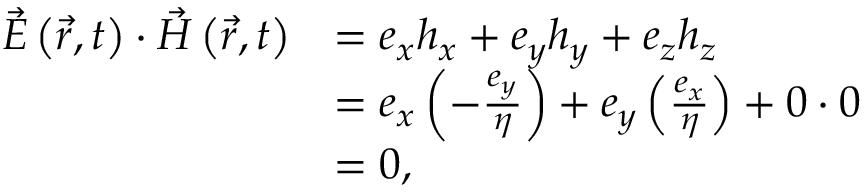
{ \begin{array} { r l } { { \vec { E } } \left( { \vec { r } } , t \right) \cdot { \vec { H } } \left( { \vec { r } } , t \right) } & { = e _ { x } h _ { x } + e _ { y } h _ { y } + e _ { z } h _ { z } } \\ & { = e _ { x } \left( - { \frac { e _ { y } } { \eta } } \right) + e _ { y } \left( { \frac { e _ { x } } { \eta } } \right) + 0 \cdot 0 } \\ & { = 0 , } \end{array} }